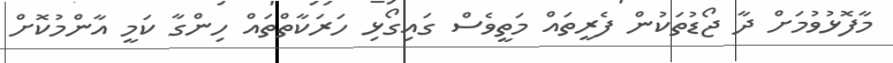
މާފޮޅުވުމަށް ދާ ޖޯޑުތަކުން ފެރީތައް މަތީވެސް ގައިގޯޅި ހަރަކާތްތައް ހިންގާ ކަމީ އާންމުކޮށް